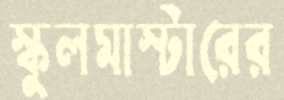
স্কুলমাস্টারের